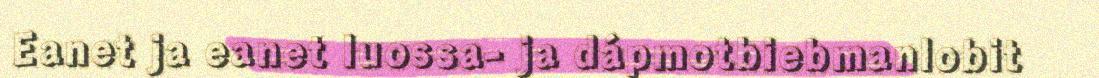
Eanet ja eanet luossa- ja dápmotbiebmanlobit